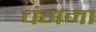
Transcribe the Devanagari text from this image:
चंगमा